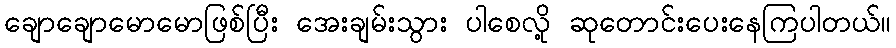
ချောချောမောမောဖြစ်ပြီး အေးချမ်းသွား ပါစေလို့ ဆုတောင်းပေးနေကြပါတယ်။